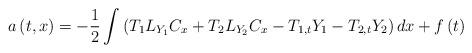
LaTeX: \begin{align*}a\left( t,x\right) =-\frac{1}{2}\int \left(T_{1}L_{Y_{1}}C_{x}+T_{2}L_{Y_{2}}C_{x}-T_{1,t}Y_{1}-T_{2,t}Y_{2}\right)dx+f\left( t\right) \end{align*}